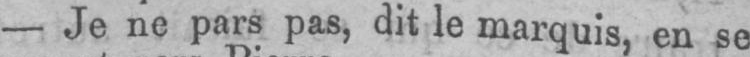
- Je ne pars pas, dit le marquis, en se